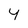
Character: 4